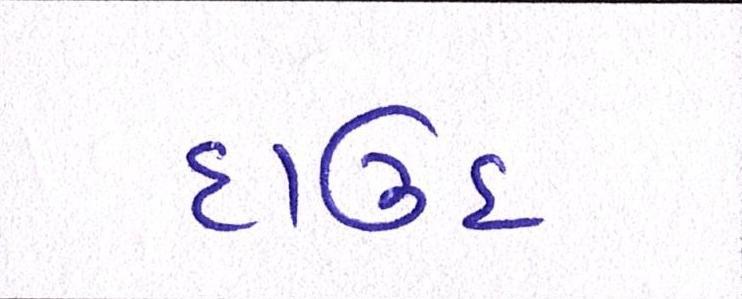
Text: દાઉદ